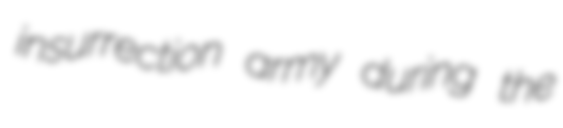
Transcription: insurrection army during the